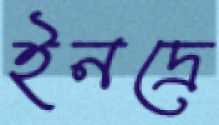
ইনদ্রে